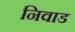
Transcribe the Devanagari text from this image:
निवाड